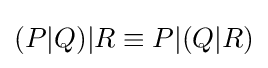
(P|Q)|R\equiv P|(Q|R)